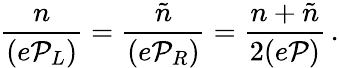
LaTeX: \frac{n}{(e{\cal P}_{L})}=\frac{\tilde{n}}{(e{\cal P}_{R})}=\frac{n+\tilde{n}}{2(e{\cal P})}\, .